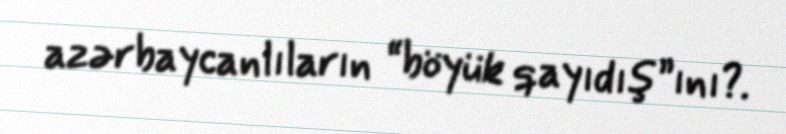
azərbaycanlıların “böyük qayıdış”ını?.